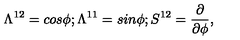
\Lambda ^ { 1 2 } = c o s \phi ; \Lambda ^ { 1 1 } = s i n \phi ; S ^ { 1 2 } = { \frac { \partial } { \partial \phi } } ,